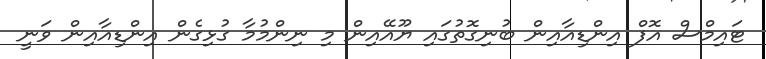
ޓައިމްސް އޮފް އިންޑިއާއިން ބުނިގޮތުގައި ޔޫއޭއިން މި ނިންމުމާ ގުޅިގެން އިންޑިއާއިން ވަނީ